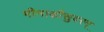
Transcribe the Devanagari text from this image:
मीनाक्षीसुदरम्